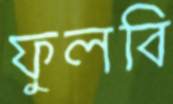
ফুলবি